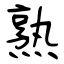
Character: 熟